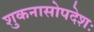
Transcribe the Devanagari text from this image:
शुकनासोपदेशः